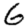
Digit: 6